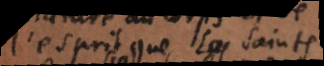
l’esprit que les saints